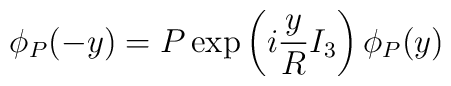
\phi_P (-y) = P \exp \left(i \frac{y}{R} I_3 \right) \phi_P (y)